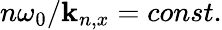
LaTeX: n\omega_{0}/\mathbf{k}_{n,x}=const.